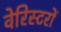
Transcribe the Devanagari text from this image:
वेरिस्टरों